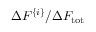
\Delta F ^ { \{ i \} } / { \Delta F _ { \mathrm { t o t } } }